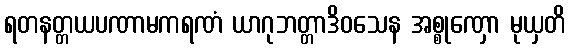
ရတနတ္တယပဏာမကရဏံ ယာဂုဘတ္တာဒိဝသေန အစ္စုဏှော မုယှတိ